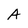
Character: A